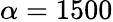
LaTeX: \alpha=1500